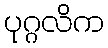
ပုဂ္ဂလိက